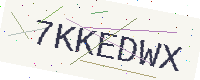
Text: 7KKEDWX